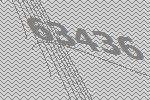
63436